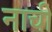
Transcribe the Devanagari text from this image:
नाची